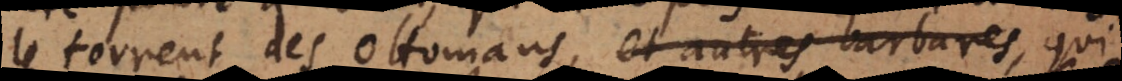
le torrent des Ottomans, et autres barbares, qui